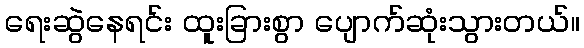
ရေးဆွဲနေရင်း ထူးခြားစွာ ပျောက်ဆုံးသွားတယ်။